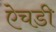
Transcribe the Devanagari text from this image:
ऐचडी